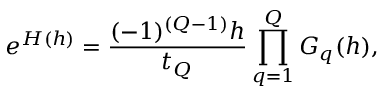
e ^ { H ( h ) } = { \frac { ( - 1 ) ^ { ( Q - 1 ) } h } { t _ { Q } } } \prod _ { q = 1 } ^ { Q } G _ { q } ( h ) ,